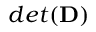
d e t ( \mathbf { D } )